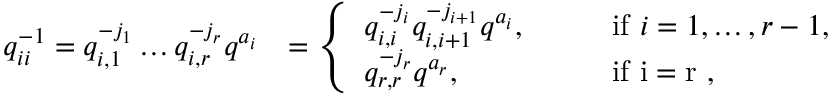
\begin{array} { r l } { q _ { i i } ^ { - 1 } = q _ { i , 1 } ^ { - j _ { 1 } } \ldots q _ { i , r } ^ { - j _ { r } } q ^ { a _ { i } } } & { = \left\{ \begin{array} { l l } { q _ { i , i } ^ { - j _ { i } } q _ { i , i + 1 } ^ { - j _ { i + 1 } } q ^ { a _ { i } } , \qquad } & { \mathrm { i f ~ } i = 1 , \ldots , r - 1 , } \\ { q _ { r , r } ^ { - j _ { r } } q ^ { a _ { r } } , } & { \mathrm { i f ~ i = r ~ } , } \end{array} \right. } \end{array}